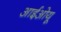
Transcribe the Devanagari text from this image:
आईओयू